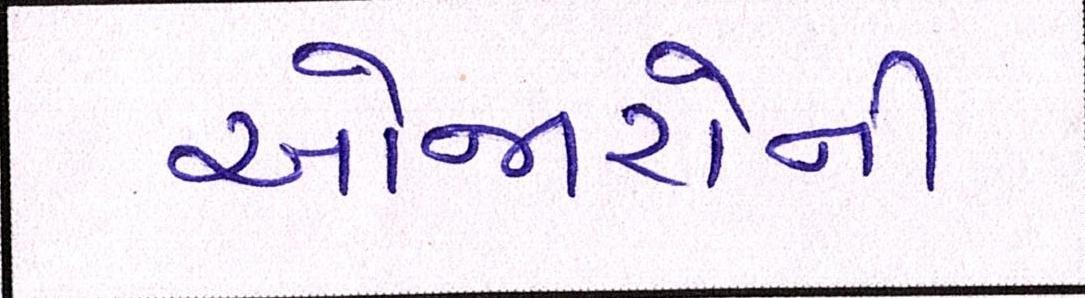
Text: ઓજારોની